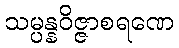
သမ္ပန္နဝိဇ္ဇာစရဏေ